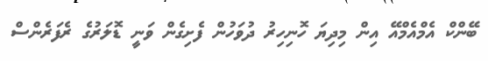
ބޭންކް އެމްއެމްއޭ އިން މިދިޔަ ހޮނިހިރު ދުވަހުން ފެށިގެން ވަނީ ޑޮލަރުގެ ރެފަރެންސް